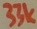
Text: 33k